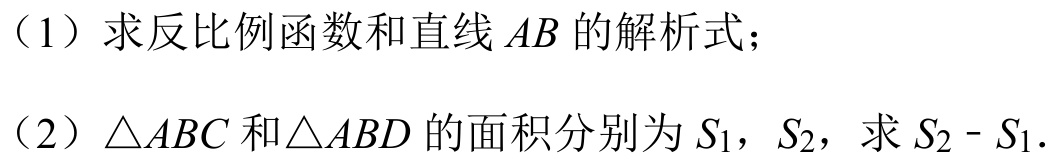
（1）求反比例函数和直线$AB$的解析式；
（2）$\triangle ABC$和$\triangle ABD$的面积分别为$S_{1}$，$S_{2}$，求$S_{2}-S_{1}$.